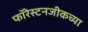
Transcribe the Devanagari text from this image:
फॉरेस्टनजीकच्या